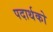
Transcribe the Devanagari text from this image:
पदार्थको